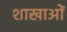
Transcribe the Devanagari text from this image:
शाखाआें